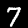
Digit: 7